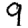
Digit: 9